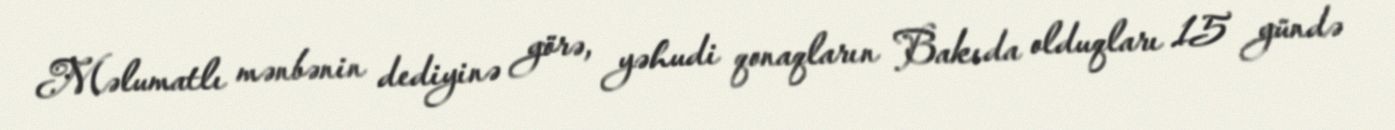
Məlumatlı mənbənin dediyinə görə, yəhudi qonaqların Bakıda olduqları 15 gündə